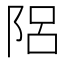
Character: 𨹬